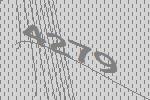
4279